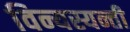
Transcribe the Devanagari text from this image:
विन्यस्यन्ती